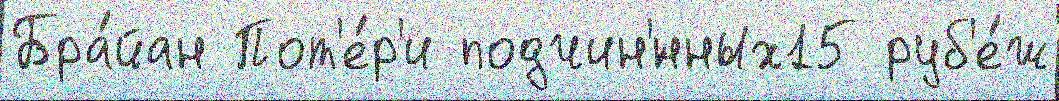
Бра́йан Пот'е́р'и подчин'́нных15 руб'е́ж